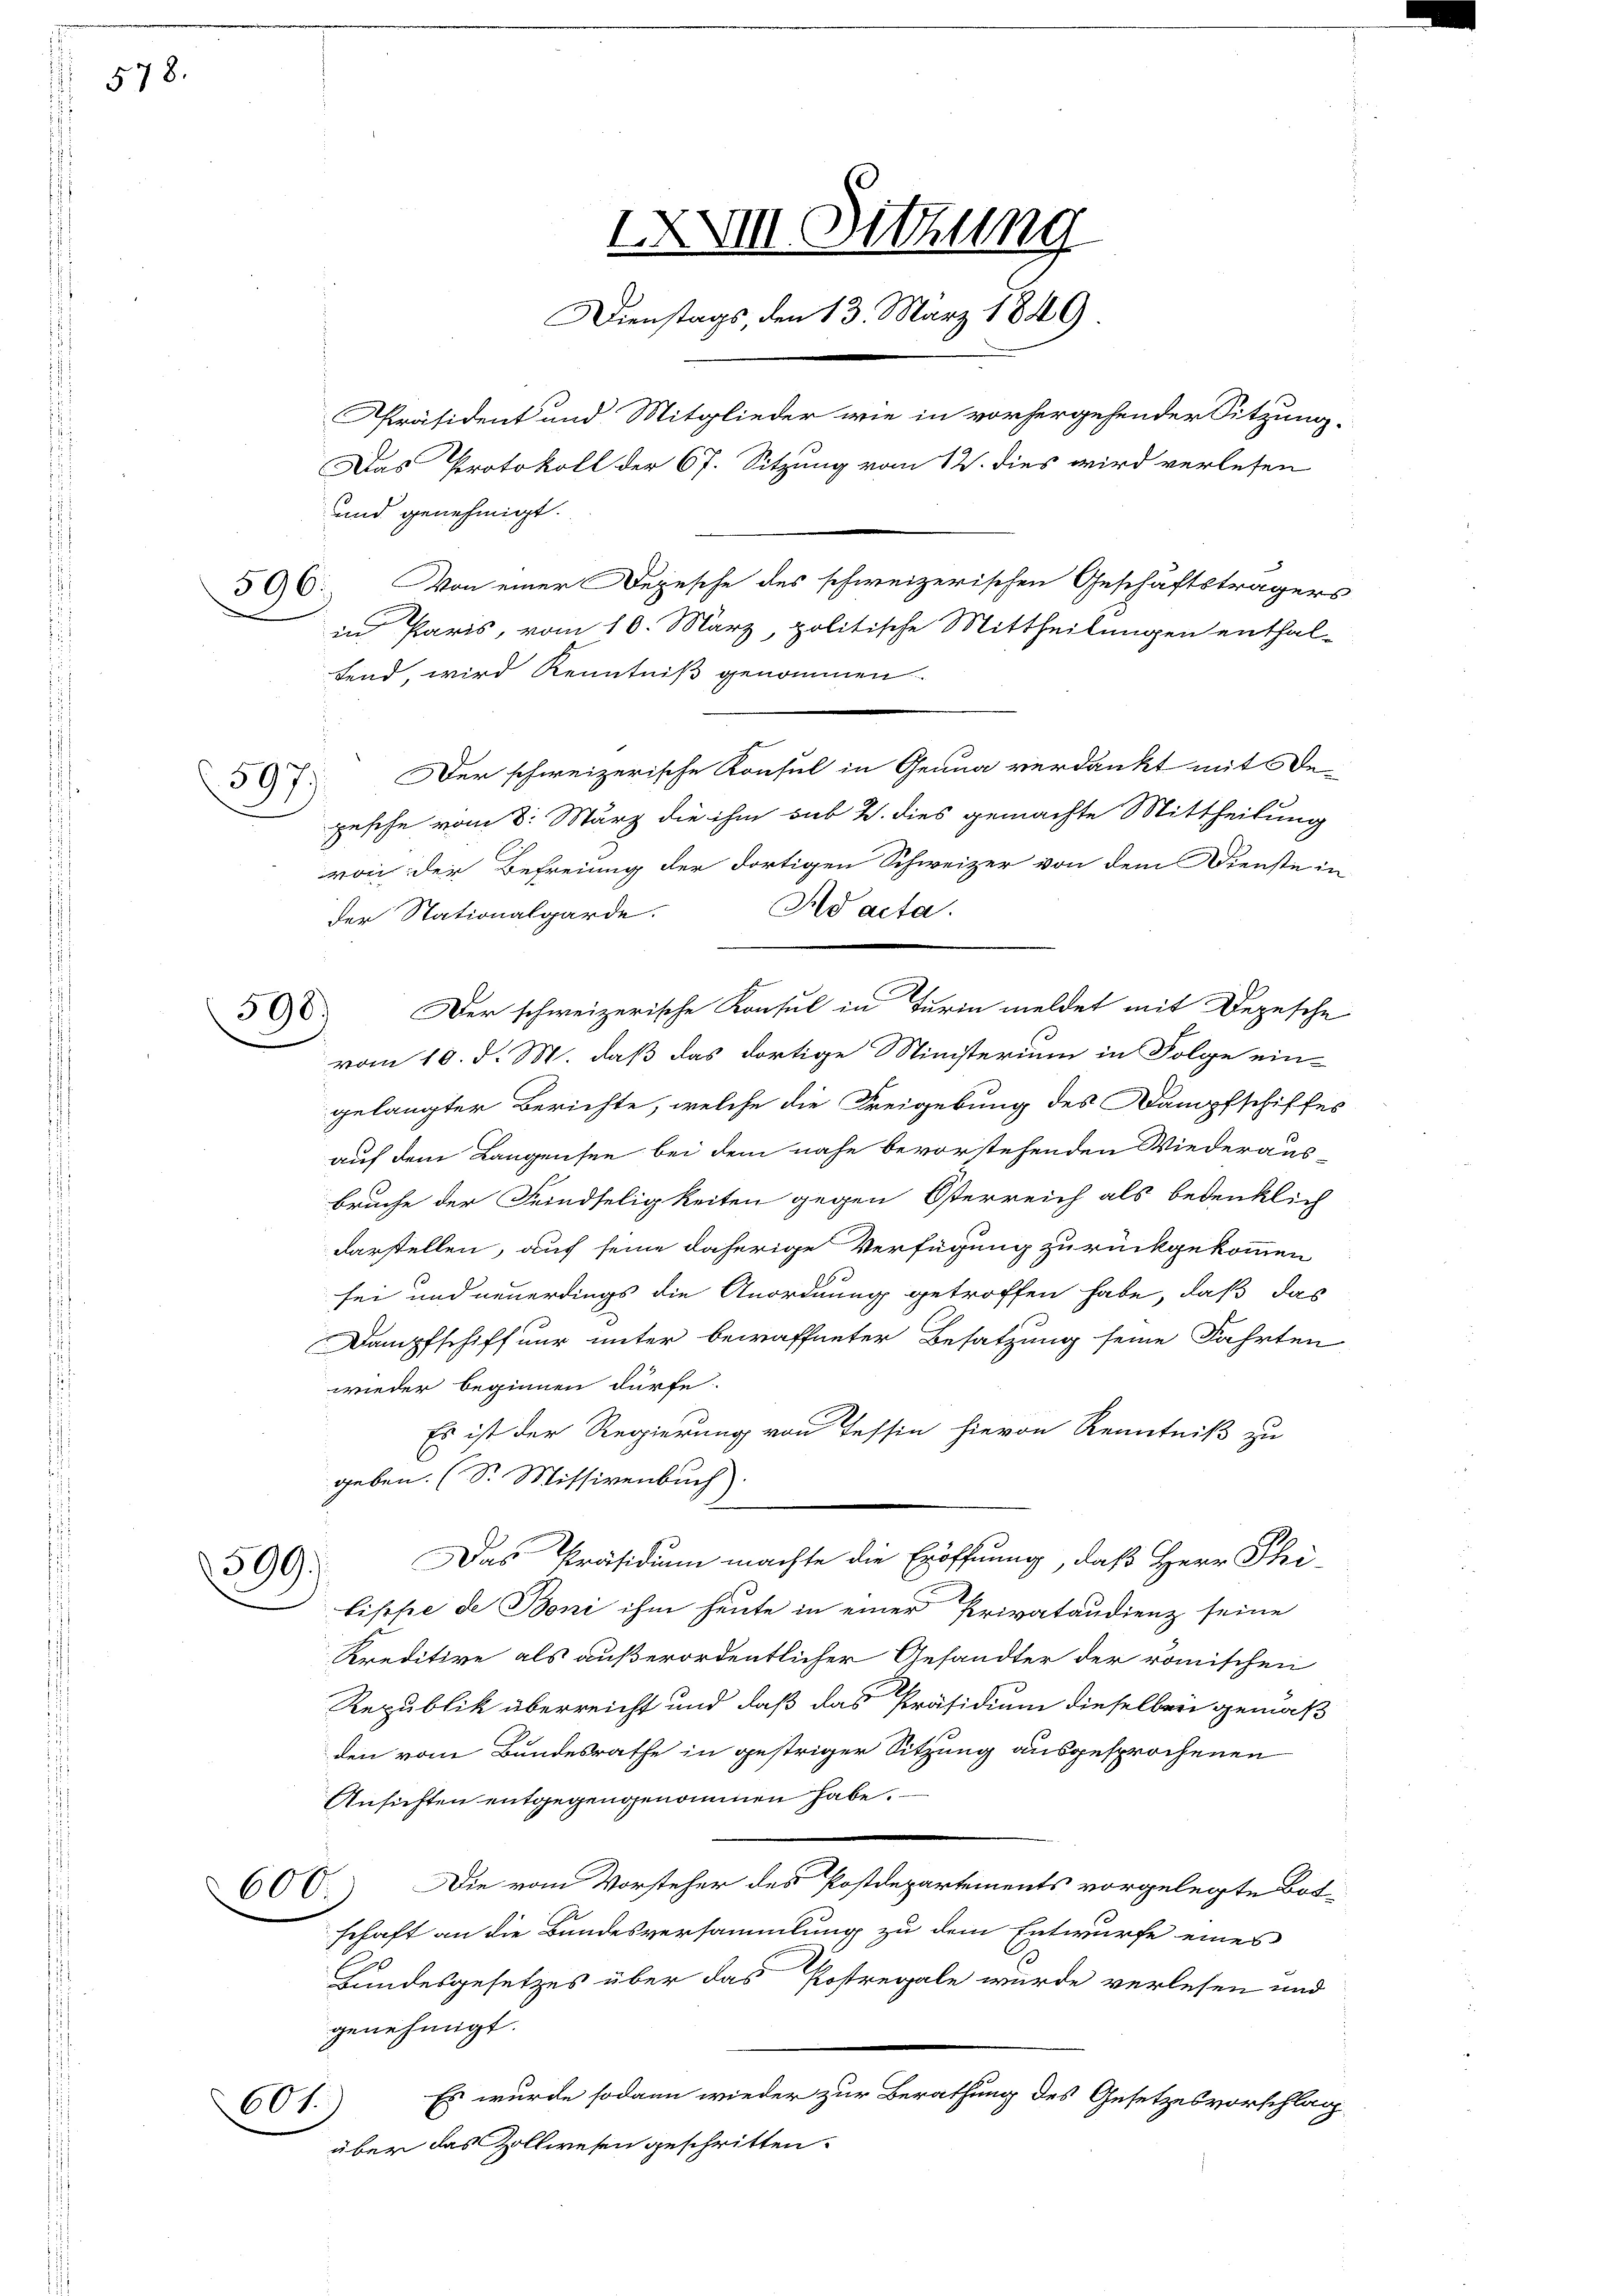
578.

597.

und genehmigt.
506. Von einer Depesche des schweizerischen Geschäftsträgers
in Paris, vom 10. März, politische Mittheilungen enthal-
fend, wird Kenntniß genommen.
Der schweizerische Konsul in Genua verdankt mit Depesche vom 8. März die ihm sub 2. dies gemachte Mittheilung
von der Befreiung der dortigen Schweizer von dem Dienste in
Ad acta.
der Stationalgarde.
508. Der schweizerische Konsul in Turin meldet mit Depesche
vom 10. d. M. daß das dortige Ministerium in Folge ein-
gelangter Berichte, welche die Freigebung des Dampfschiffes
auf dem Langensee bei dem nahe bevorstehenden Wiederaus-
Bruche der Feindseligkeiten gegen Österreich als bedenklich
darstellen, auf seine daherige Verfügung zurückgekommen
sei und neuerdings die Anordnung getroffen habe, daß das
Dampfschiff nur unter bewaffneter Besatzung seine Fahrten
wieder beginnen dürfe.
Es ist der Regierung von Tessin hievon Kenntniß zu
geben. (S. Missivenbuch)
Das Präsidium machte die Eröffnung, daß Herr Phi-
599.
lippe de Boni ihm heute in einer Privataudienz seine
Kreditive als außerordentlicher Gesandter der römischen
Republik überreicht und daß das Präsidium dieselben gemäß
den vom Bundesrathe in gestriger Sitzung ausgesprochenen
Ansichten entgegengenommen habe.
60 C.) Die vom Vorsteher des Postdepartements vorgelegte Bot-
schaft an die Bundesversammlung zu dem Entwurfe eines
Bundesgesetzes über das Postregale wurde verlesen und
genehmigt.
Es wurde sodann wieder zur Berathung des Gesetzesvorschlag
601.
über das Zollwesen geschritten.

IXVII Sitzung
Dienstags, den 13. März 1849
Präsident und Mitglieder wie in vorhergehender Sitzung.
Das Protokoll der 67. Sitzung vom 12. dies wird verlesen